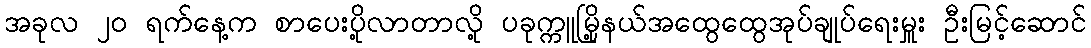
အခုလ ၂၀ ရက်နေ့က စာပေးပို့လာတာလို့ ပခုက္ကူမြို့နယ်အထွေထွေအုပ်ချုပ်ရေးမှူး ဦးမြင့်ဆောင်